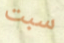
سبت